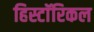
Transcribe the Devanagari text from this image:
हिस्टाॅरिकल